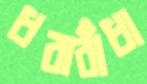
ধরাবাঁধা